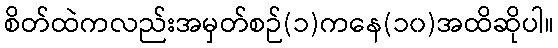
စိတ်ထဲကလည်းအမှတ်စဉ်(၁)ကနေ(၁၀)အထိဆိုပါ။